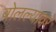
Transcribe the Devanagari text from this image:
बोलल्यावर